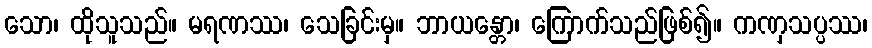
သော၊ ထိုသူသည်။ မရဏဿ၊ သေခြင်းမှ။ ဘာယန္တော၊ ကြောက်သည်ဖြစ်၍။ ကဏှသပ္ပဿ၊